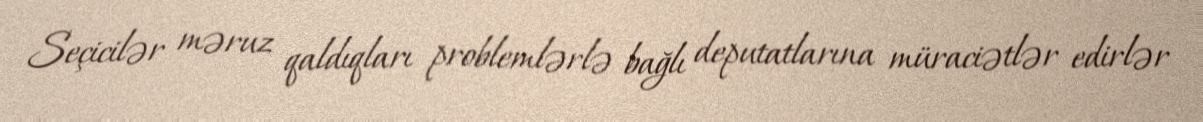
Seçicilər məruz qaldıqları problemlərlə bağlı deputatlarına müraciətlər edirlər